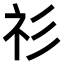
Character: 𥘎